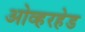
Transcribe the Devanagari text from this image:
ओव्हरहेड